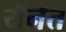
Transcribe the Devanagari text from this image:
यॅनॅत